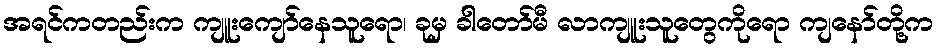
အရင်ကတည်းက ကျူးကျော်နေသူရော၊ ခုမှ ခါတော်မီ လာကျူးသူတွေကိုရော ကျနော်တို့က